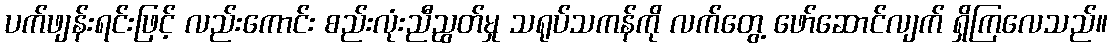
ပက်ဖျန်းရင်းဖြင့် လည်းကောင်း စည်းလုံးညီညွတ်မှု သရုပ်သကန်ကို လက်တွေ့ ဖော်ဆောင်လျက် ရှိကြလေသည်။